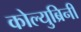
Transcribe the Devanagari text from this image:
कोल्युब्रिनी